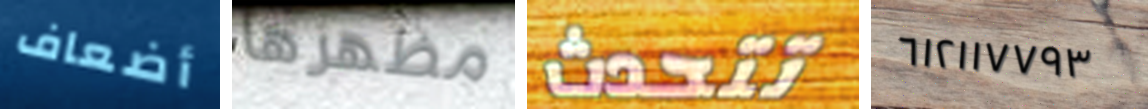
أضعاف مظهرها تتحدث ٦١٢١١٧٧٩٣